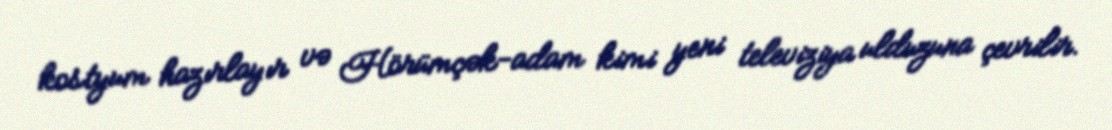
kostyum hazırlayır və Hörümçək-adam kimi yeni televiziya ulduzuna çevrilir.